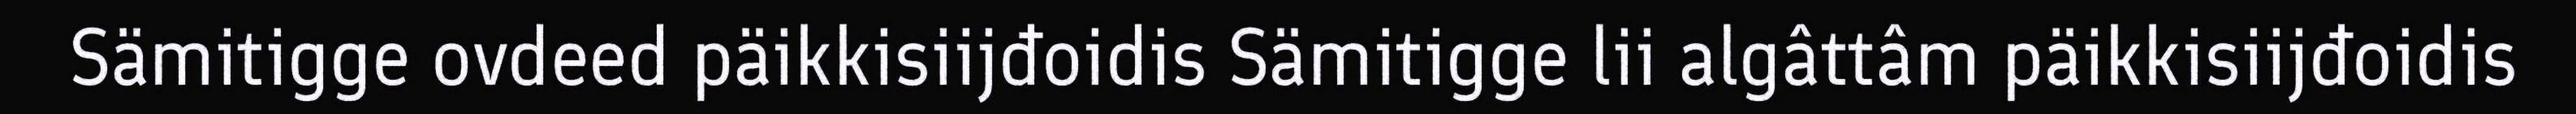
Sämitigge ovdeed päikkisiijđoidis Sämitigge lii algâttâm päikkisiijđoidis